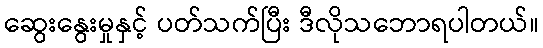
ဆွေးနွေးမှုနှင့် ပတ်သက်ပြီး ဒီလိုသဘောရပါတယ်။